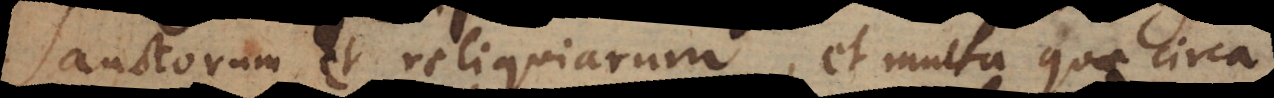
Sanctorum et reliquiarum, et multa quae circa